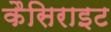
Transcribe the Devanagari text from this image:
कैसिराइट